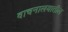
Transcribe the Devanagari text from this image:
वाचनालयातील